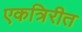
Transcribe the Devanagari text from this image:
एकत्रिरीत